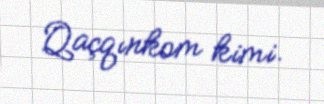
Qaçqınkom kimi.